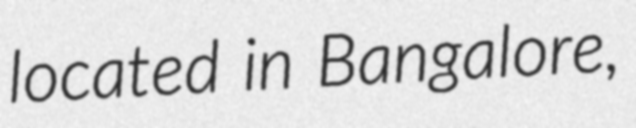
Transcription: located in Bangalore,